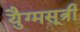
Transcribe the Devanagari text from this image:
युैग्मसूत्री